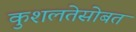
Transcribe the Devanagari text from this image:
कुशलतेसोबत